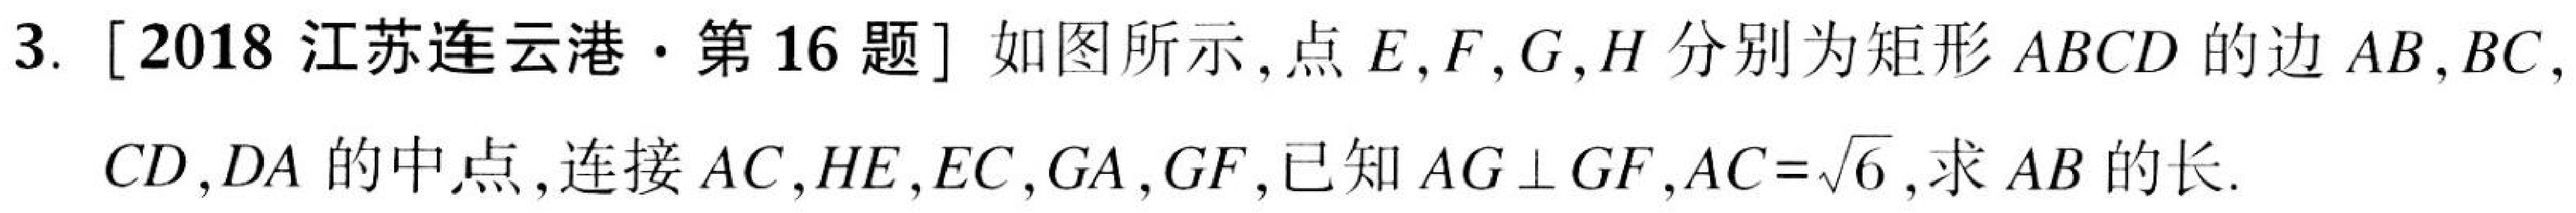
3. [2018江苏连云港·第16题] 如图所示，点\(E,F,G,H\)分别为矩形\(ABCD\)的边\(AB,BC,CD,DA\)的中点，连接\(AC,HE,EC,GA,GF\)，已知\(AG\perp GF\)，\(AC = \sqrt{6}\)，求\(AB\)的长.